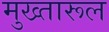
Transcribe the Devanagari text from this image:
मुख्तारूल